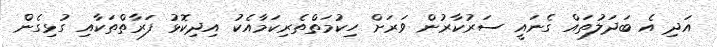
އަދި އެ ބަދަލުތައް ގެނައީ ސަރުކާރުން ވަރަށް ހިކުމަތްތެރިކަމާއެކު އިދިކޮޅު ފަރާތްތަކާއި ގުޅިގެން